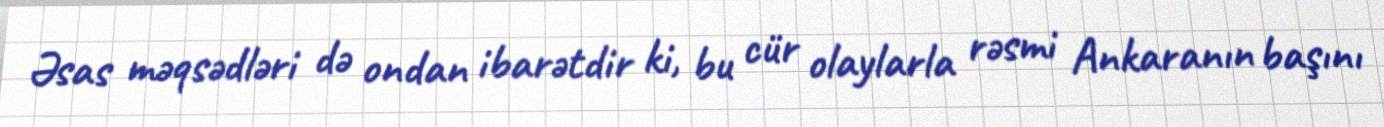
Əsas məqsədləri də ondan ibarətdir ki, bu cür olaylarla rəsmi Ankaranın başını